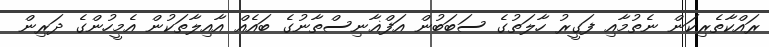
ރައްކާތެރިކަން ނެތުމާއި ފަގީރު ހާލަތުގެ ސަބަބުން އަފްޣާނިސްތާނުގެ ބައެއް އާއިލާތަކުން އެމީހުންގެ ދަރިން